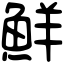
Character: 鮮